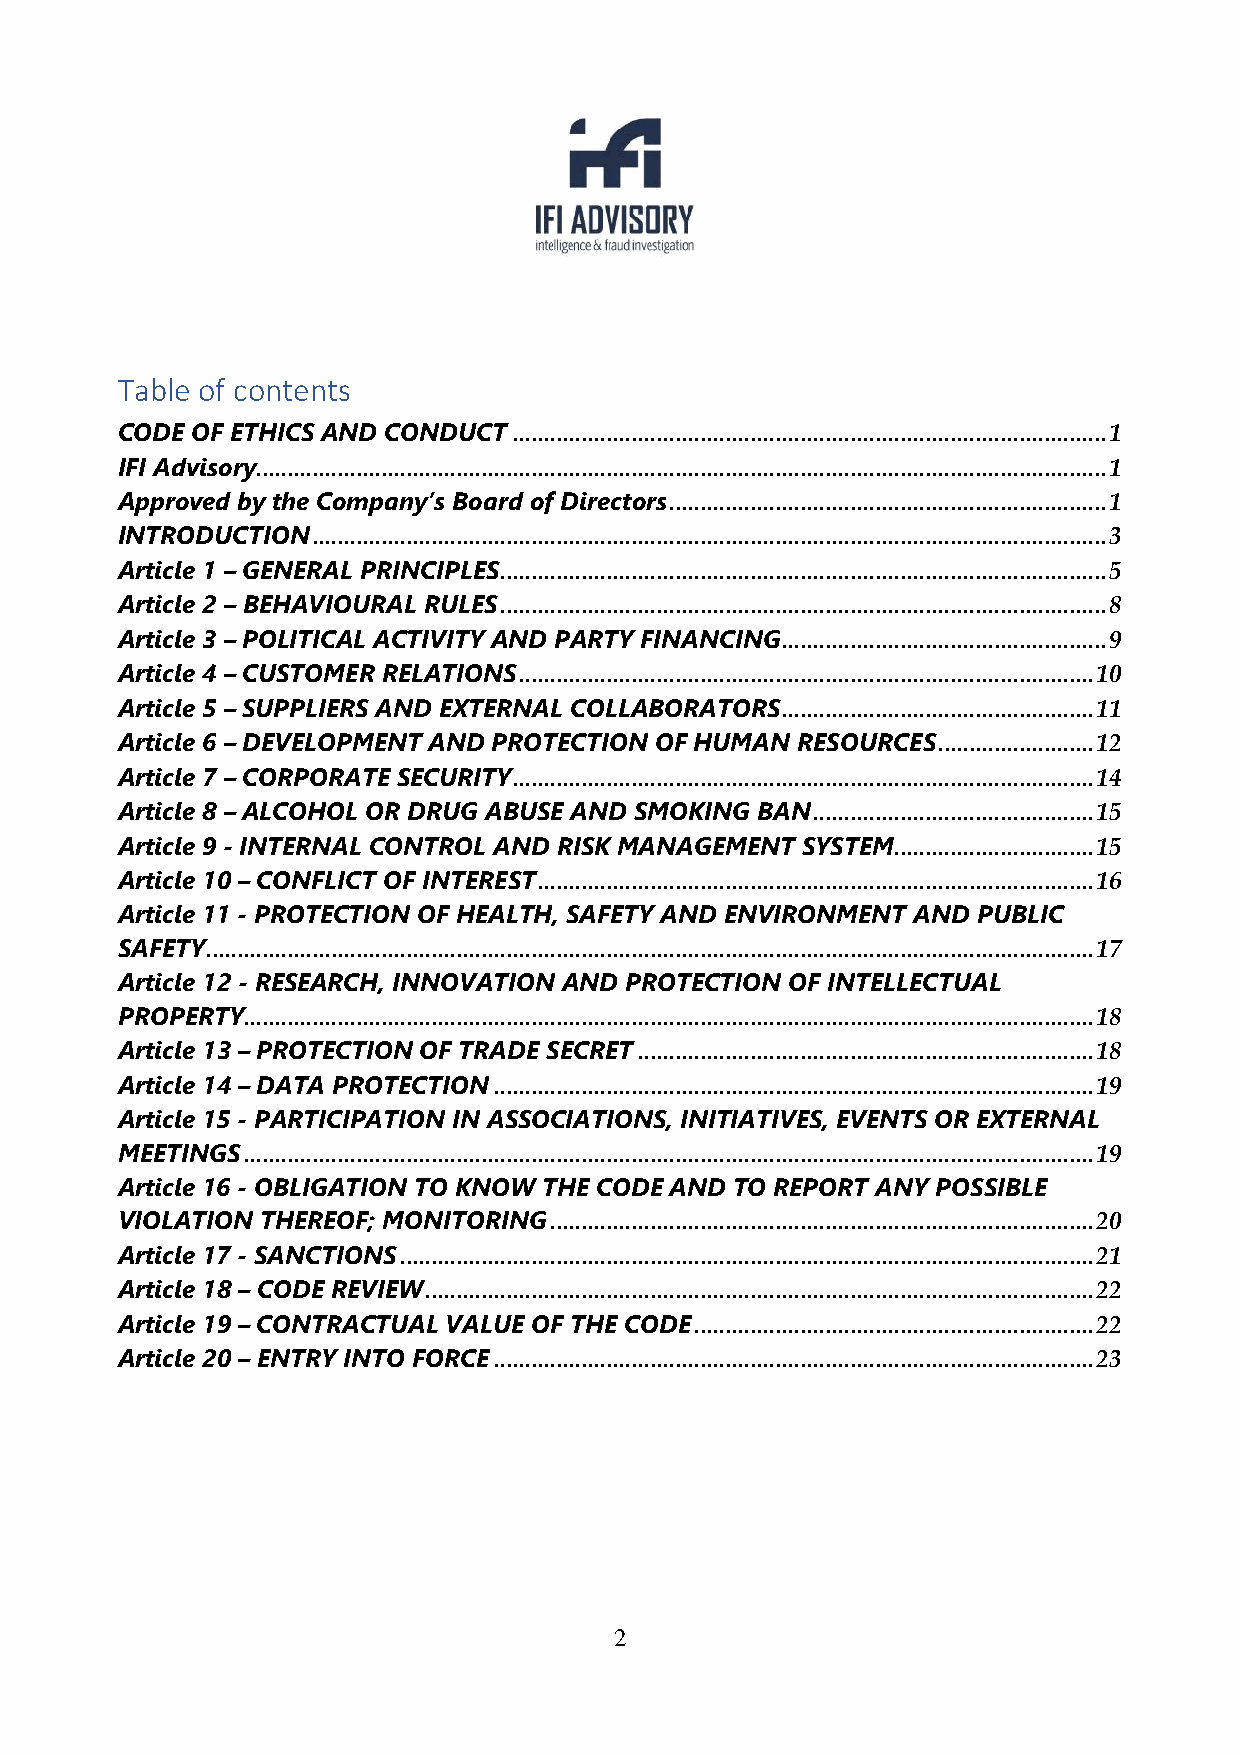
Table of contents
 CODE OF ETHICS AND CONDUCT ............................................................................................... 1
 IFI Advisory........................................................................................................................................ 1
 Approved by the Company’s Board of Directors ...................................................................... 1
 INTRODUCTION ............................................................................................................................... 3
 Article 1 – GENERAL PRINCIPLES ................................................................................................. 5
 Article 2 – BEHAVIOURAL RULES ................................................................................................. 8
 Article 3 – POLITICAL ACTIVITY AND PARTY FINANCING .................................................... 9
 Article 4 – CUSTOMER RELATIONS ............................................................................................ 10
 Article 5 – SUPPLIERS AND EXTERNAL COLLABORATORS .................................................. 11
 Article 6 – DEVELOPMENT AND PROTECTION OF HUMAN RESOURCES ......................... 12
 Article 7 – CORPORATE SECURITY ............................................................................................. 14
 Article 8 – ALCOHOL OR DRUG ABUSE AND SMOKING BAN ............................................. 15
 Article 9 - INTERNAL CONTROL AND RISK MANAGEMENT SYSTEM ................................ 15
 Article 10 – CONFLICT OF INTEREST ......................................................................................... 16
 Article 11 - PROTECTION OF HEALTH, SAFETY AND ENVIRONMENT AND PUBLIC
 SAFETY .............................................................................................................................................. 17
 Article 12 - RESEARCH, INNOVATION AND PROTECTION OF INTELLECTUAL
 PROPERTY ........................................................................................................................................ 18
 Article 13 – PROTECTION OF TRADE SECRET ......................................................................... 18
 Article 14 – DATA PROTECTION ................................................................................................ 19
 Article 15 - PARTICIPATION IN ASSOCIATIONS, INITIATIVES, EVENTS OR EXTERNAL
 MEETINGS ........................................................................................................................................ 19
 Article 16 - OBLIGATION TO KNOW THE CODE AND TO REPORT ANY POSSIBLE
 VIOLATION THEREOF; MONITORING ....................................................................................... 20
 Article 17 - SANCTIONS ............................................................................................................... 21
 Article 18 – CODE REVIEW ........................................................................................................... 22
 Article 19 – CONTRACTUAL VALUE OF THE CODE ................................................................ 22
 Article 20 – ENTRY INTO FORCE ................................................................................................ 23
 2